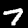
Digit: 7